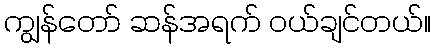
ကျွန်တော် ဆန်အရက် ဝယ်ချင်တယ်။